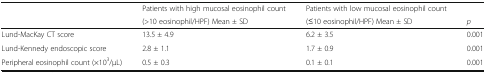
| <ROWSPAN=2>  | Patients with high mucosal eosinophil count | Patients with low mucosal eosinophil count |  |
 | (>10 eosinophil/HPF) Mean ± SD | (≤10 eosinophil/HPF) Mean ± SD | p |
 | --- | --- | --- | --- |
 | Lund-MacKay CT score | 13.5 ± 4.9 | 6.2 ± 3.5 | 0.001 |
 | Lund-Kennedy endoscopic score | 2.8 ± 1.1 | 1.7 ± 0.9 | 0.001 |
 | Peripheral eosinophil count (×103/μL) | 0.5 ± 0.3 | 0.1 ± 0.1 | 0.001 |